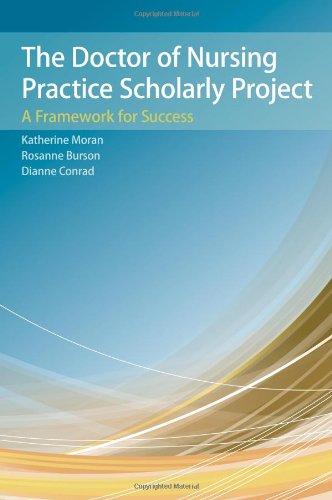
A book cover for The Doctor of Nursing Practice Scholarly Project: A Framework for Success; Katherine J. Moran; Medical Books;